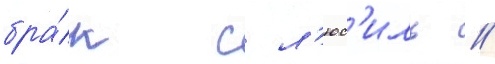
бра́к с л'юс'иль //